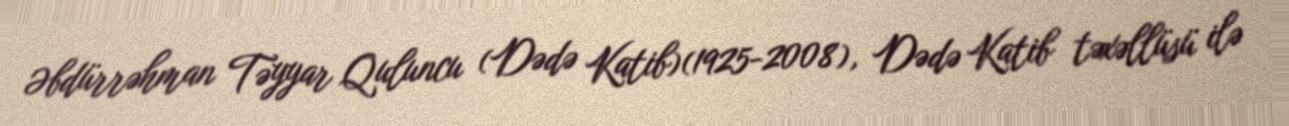
Əbdürrəhman Təyyar Quluncu (Dədə Katib)(1925-2008), Dədə Katib təxəllüsü ilə